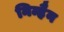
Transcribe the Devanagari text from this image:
निम्हैन